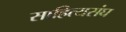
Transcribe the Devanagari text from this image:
साहित्यसंघ